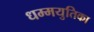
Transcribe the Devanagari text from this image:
धम्मयुतिका